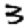
Digit: 3